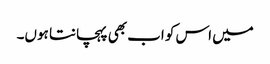
میں اس کو اب بھی پہچانتا ہوں۔